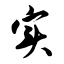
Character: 实